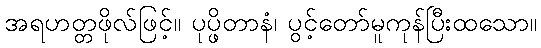
အရဟတ္တဖိုလ်ဖြင့်။ ပုပ္ဖိတာနံ၊ ပွင့်တော်မူကုန်ပြီးထသော။